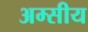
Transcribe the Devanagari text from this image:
अम्सीय